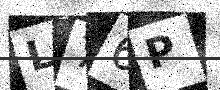
Text: L76P